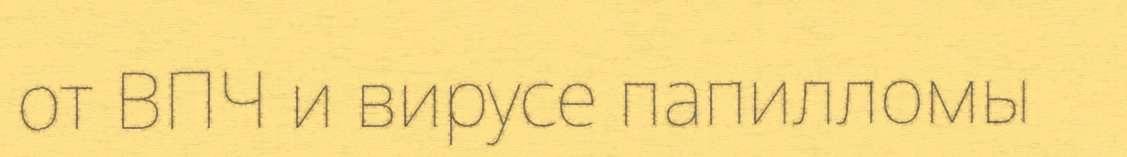
от ВПЧ и вирусе папилломы